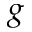
g